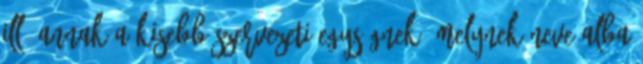
ill. annak a kisebb szervezeti egységnek, melynek neve Alba